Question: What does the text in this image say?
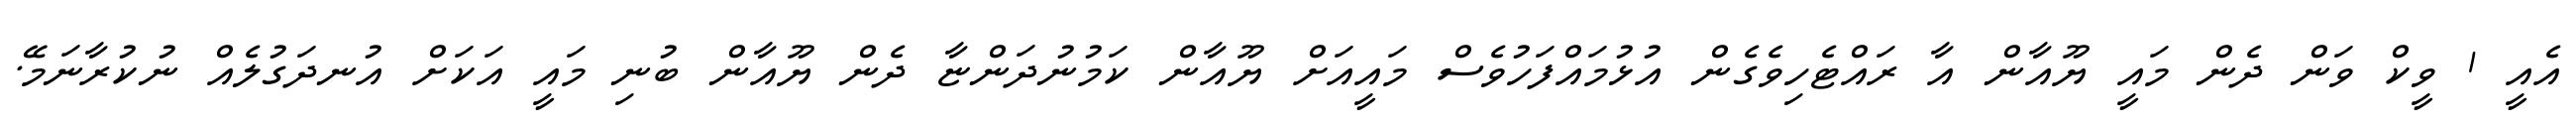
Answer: އެއީ 1 ވީކް ވަން ދެން މައީ ޔޫއާން އާ ރައްޓެހިވެގެން އުޅުމައްފަހުވެސް މައީއަށް ޔޫއާން ކަމުނުދަންޏާ ދެން ޔޫއާން ބުނި މައީ އަކަށް އުނދަގުލެއް ނުކުރާނަމޭ.